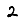
Digit: 2